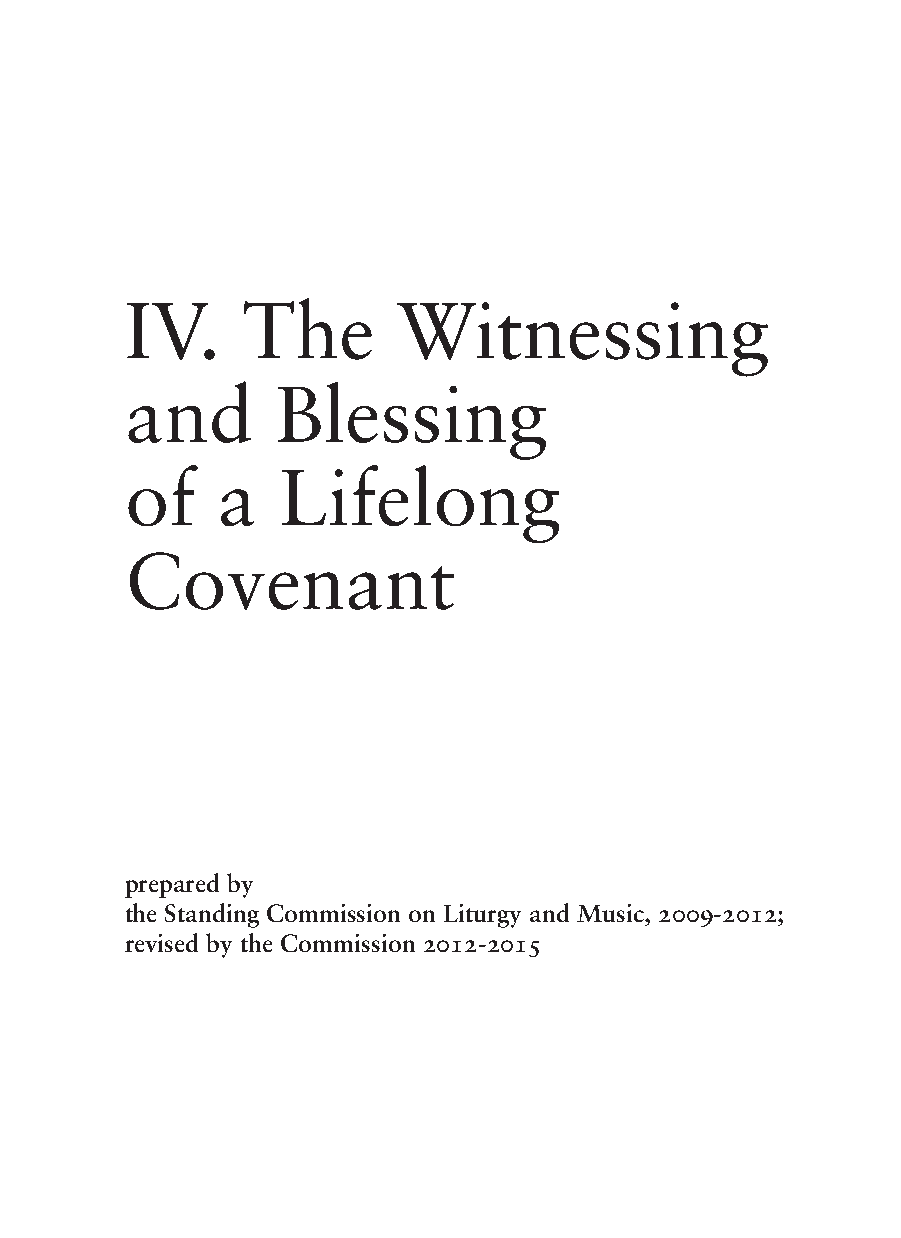
IV.     The       Witnessing
 and       Blessing
 of    a   Lifelong
 Covenant
 prepared by
 the Standing Commission on Liturgy and Music, 2009-2012;
 revised by the Commission 2012-2015
 139